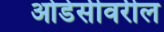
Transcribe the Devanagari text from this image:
ओडेसीवरील